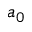
a _ { 0 }